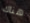
هناك